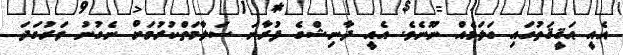
އެއީ ޙަޤީޤަތުގައި ގަލަމެއް ނޫނެވެ. އެއީ ދާނިޝްގެ ފުރާނަ ސަލާމަތްކުރުމަށް ނެގުނު ވަރުގަދަ